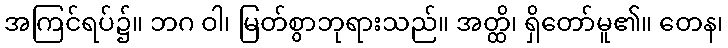
အကြင်ရပ်၌။ ဘဂ ဝါ၊ မြတ်စွာဘုရားသည်။ အတ္ထိ၊ ရှိတော်မူ၏။ တေန၊